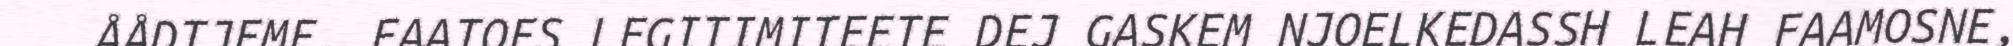
ÅÅDTJEME. FAATOES LEGITIMITEETE DEJ GASKEM NJOELKEDASSH LEAH FAAMOSNE,